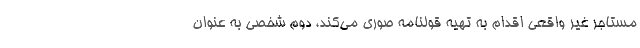
مستاجر غیر واقعی اقدام به تهیه قولنامه صوری می‌کند، دوم شخصی به عنوان